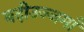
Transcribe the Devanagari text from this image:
बदीउज्जमाँ